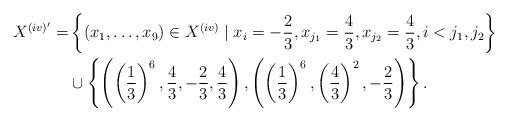
LaTeX: \begin{align*}X^{(iv)'}=&\left\{(x_1,\ldots,x_9) \in X^{(iv)} \mid x_i=-\frac{2}{3}, x_{j_1}=\frac{4}{3},x_{j_2}=\frac{4}{3}, i < j_1,j_2 \right\} \\&\cup \left\{\left( \left(\frac{1}{3} \right)^6,\frac{4}{3},-\frac{2}{3},\frac{4}{3}\right),\left( \left( \frac{1}{3}\right)^6,\left( \frac{4}{3}\right)^2,-\frac{2}{3} \right) \right\}.\end{align*}